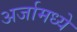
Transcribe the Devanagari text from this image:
अर्जामध्ये